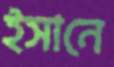
ইসানে